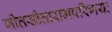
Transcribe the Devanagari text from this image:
गीतसीतारामपरिणयः